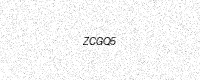
Text: ZCGQ5